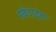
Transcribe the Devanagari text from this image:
मर्कंटाईल